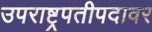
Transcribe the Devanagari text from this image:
उपराष्ट्रपतीपदावर